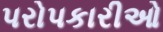
પરોપકારીઓ